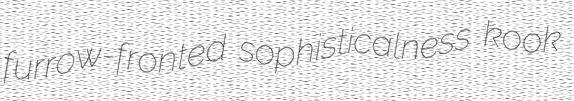
furrow-fronted sophisticalness kook